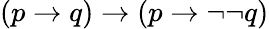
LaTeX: (p\to q)\to(p\to\neg\neg q)